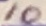
Text: 10